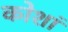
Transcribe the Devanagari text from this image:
कोशां